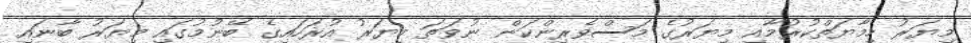
މިޔަރު ހިމާޔަތްކުރުމާއި މިޔަރުގެ މަސްވެރިންކަން ނުވަތަ މިޔަރު އުރަހައިގެ ބޭނުމުގައި މިޔަރު ބާނައި